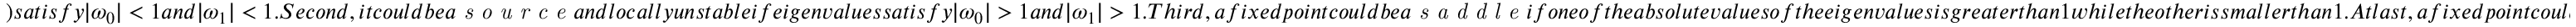
) s a t i s f y | \omega _ { 0 } | < 1 a n d | \omega _ { 1 } | < 1 . S e c o n d , i t c o u l d b e a \textit { s o u r c e } a n d l o c a l l y u n s t a b l e i f e i g e n v a l u e s s a t i s f y | \omega _ { 0 } | > 1 a n d | \omega _ { 1 } | > 1 . T h i r d , a f i x e d p o i n t c o u l d b e a \textit { s a d d l e } i f o n e o f t h e a b s o l u t e v a l u e s o f t h e e i g e n v a l u e s i s g r e a t e r t h a n 1 w h i l e t h e o t h e r i s s m a l l e r t h a n 1 . A t l a s t , a f i x e d p o i n t c o u l d b e \textit { n o n - h y p e r b o l i c } i f o n e o f t h e a b s o l u t e v a l u e s o f t h e e i g e n v a l u e s i s e q u a l t o 1 . T h e s t a b i l i t y o f a n o n - h y p e r b o l i c f i x e d p o i n t i s f r a g i l e